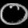
Digit: ၀